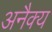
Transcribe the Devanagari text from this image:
अनैक्य